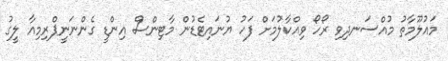
މައުލޫމާތު މުއްސަނދިވި ރޯހޯ ވިއްކާލުމަށް ފަހު ޔުނައިޓެޑުން މާޓިންސް އިންޑީ ގެންނަނީޕްރިމިއާ ލީގު